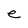
Character: e